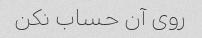
روی آن حساب نکن